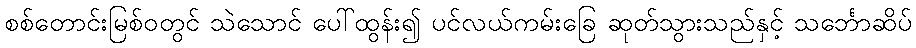
စစ်တောင်းမြစ်ဝတွင် သဲသောင် ပေါ်ထွန်း၍ ပင်လယ်ကမ်းခြေ ဆုတ်သွားသည်နှင့် သင်္ဘောဆိပ်